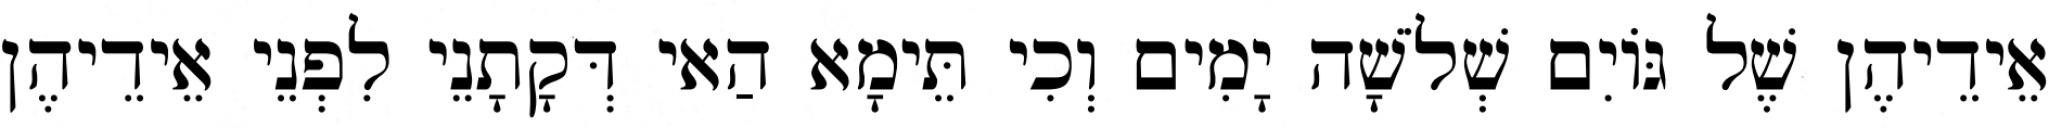
אֵידֵיהֶן שֶׁל גּוֹיִם שְׁלֹשָׁה יָמִים וְכִי תֵּימָא הַאי דְּקָתָנֵי לִפְנֵי אֵידֵיהֶן